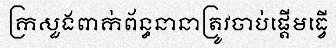
ក្រសួងពាក់ព័ន្ធនានាត្រូវចាប់ផ្តើមធ្វើ